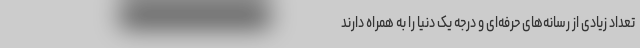
تعداد زیادی از رسانه‌های حرفه‌ای و درجه یک دنیا را به همراه دارند